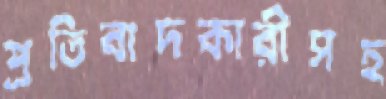
প্রতিবাদকারীসহ